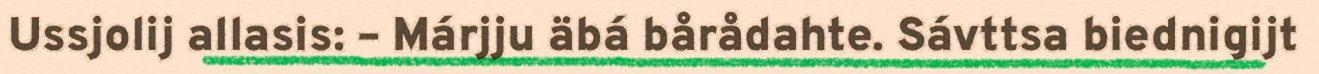
Ussjolij allasis: – Márjju äbá bårådahte. Sávttsa biednigijt